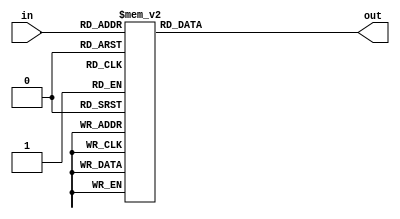
module VerilogDisplay (in, out);

  input [3:0] in;
  output reg [7:0] out = 8'b11111111;
  
  parameter s0 = 4'b0000;
  parameter s1 = 4'b0001;
  parameter s2 = 4'b0010;
  parameter s3 = 4'b0011;
  parameter s4 = 4'b0100;
  parameter s5 = 4'b0101;
  parameter s6 = 4'b0110;
  parameter s7 = 4'b0111;
  parameter s8 = 4'b1000;
  parameter s9 = 4'b1001;

  parameter sA = 4'b1010;
  parameter sB = 4'b1011;
  parameter sC = 4'b1100;
  parameter sD = 4'b1101;
  parameter sE = 4'b1110;
  parameter sF = 4'b1111;
  
  always@(in) begin
  
		case (in)     //.GFEDCBA
			s0: out = 8'b01000000;
			s1: out = 8'b01111001;
			s2: out = 8'b00100100;
			s3: out = 8'b00110000;
			s4: out = 8'b00011001;
			s5: out = 8'b00010010;
			s6: out = 8'b00000010;
			s7: out = 8'b01111000;
			s8: out = 8'b00000000;
			s9: out = 8'b00010000;

			sA: out = 8'b00001000;
			sB: out = 8'b00000011;
			sC: out = 8'b01000110;
			sD: out = 8'b00100001;
			sE: out = 8'b00000110;
			sF: out = 8'b00001110;

			default: out = 8'b01111111;
			
		
		endcase
  end
	
  
endmodule